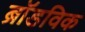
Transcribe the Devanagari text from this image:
ब्रॉडविक